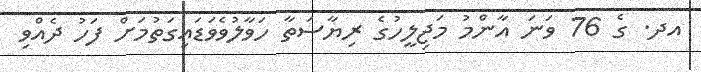
އދ. ގެ 76 ވަނަ އާންމު މަޖިލީހުގެ ރިޔާސަތާ ހަވާލުވެވަޑައިގަތުމަށް ފަހު ދެއްވި